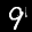
Label: 9